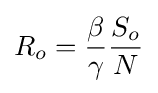
R_{o}={\frac {\beta }{\gamma }}{\frac {S_{o}}{N}}